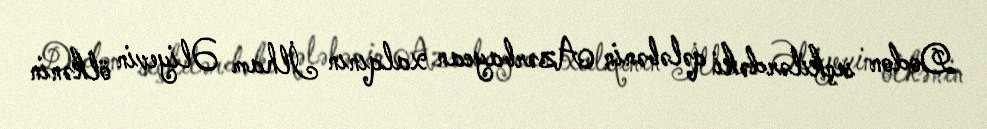
Dodon seçkilərdəki qələbənin Azərbaycan xalqının İlham Əliyevin ölkənin